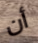
أن